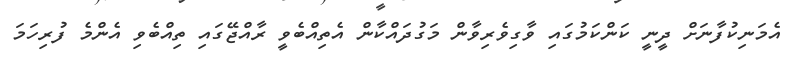
އެމަނިކުފާނަށް ދީނީ ކަންކަމުގައި ވާގިވެރިވާން މަގުދައްކާން އެތިއްބެވީ ރާއްޖޭގައި ތިއްބެވި އެންމެ ފުރިހަމަ